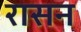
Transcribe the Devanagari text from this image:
रासन